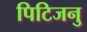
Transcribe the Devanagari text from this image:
पिटिजनु